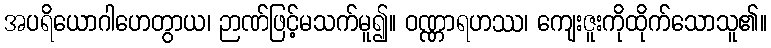
အပရိယောဂါဟေတွာယ၊ ဉာဏ်ဖြင့်မသက်မူ၍။ ဝဏ္ဏာရဟဿ၊ ကျေးဇူးကိုထိုက်သောသူ၏။